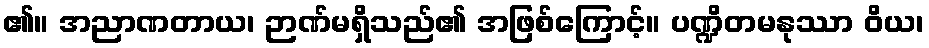
၏။ အညာဏတာယ၊ ဉာဏ်မရှိသည်၏ အဖြစ်ကြောင့်။ ပဏ္ဍိတမနုဿာ ဝိယ၊